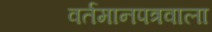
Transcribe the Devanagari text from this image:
वर्तमानपत्रवाला